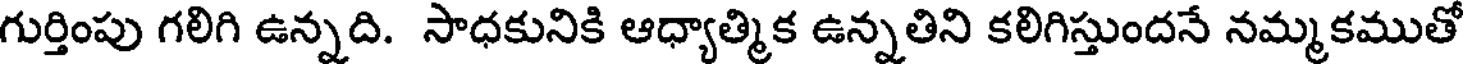
గుర్తింపు గలిగి ఉన్నది. సాధకునికి ఆధ్యాత్మిక ఉన్నతిని కలిగిస్తుందనే నమ్మకముతో